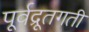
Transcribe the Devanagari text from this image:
पूर्वद्रूतगती